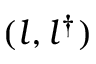
( l , l ^ { \dagger } )